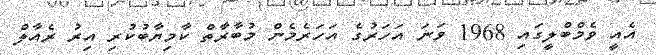
އެއީ ވެމްބްލީގައި 1968 ވަނަ އަހަރުގެ އަހަރެމެން މުބާރާތް ކާމިޔާބުކުރި އިރު ރެއާލް